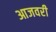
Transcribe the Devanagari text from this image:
आजवरी